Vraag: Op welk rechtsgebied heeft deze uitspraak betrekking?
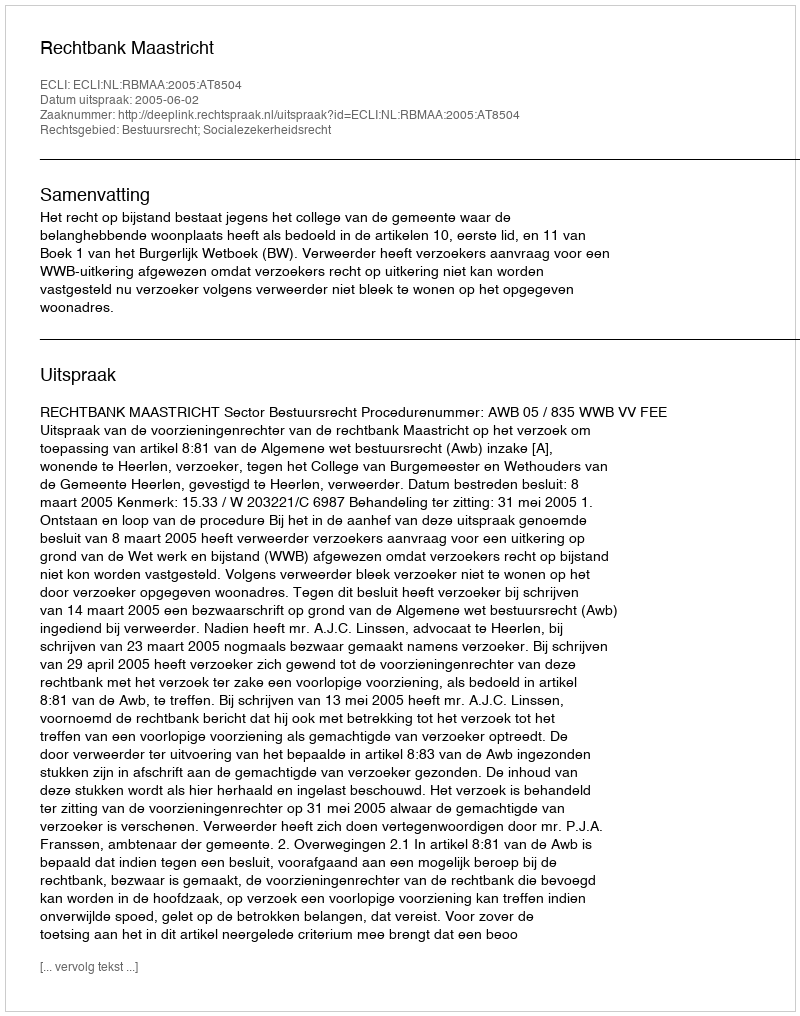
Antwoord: Bestuursrecht; Socialezekerheidsrecht